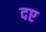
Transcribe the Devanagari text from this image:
दए